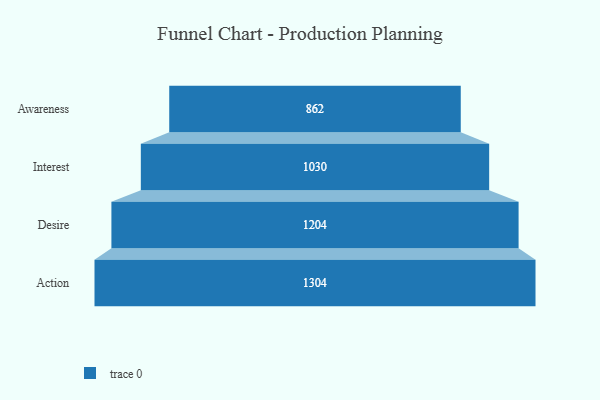
{"axis": {"x": "Stage", "y": "Value"}, "legend": [""], "data": [{"x": "Awareness", "y": 862.0, "type": ""}, {"x": "Interest", "y": 1030.0, "type": ""}, {"x": "Desire", "y": 1204.0, "type": ""}, {"x": "Action", "y": 1304.0, "type": ""}]}